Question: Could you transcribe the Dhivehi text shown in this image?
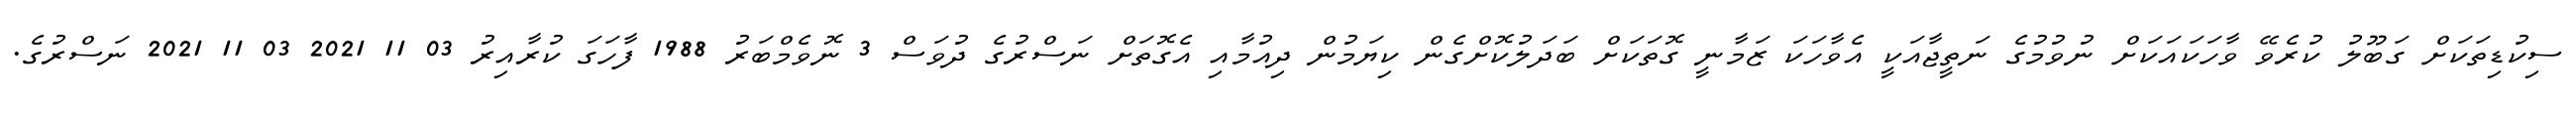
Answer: ސިކުޑިތަކަށް ގަބޫލު ކުރެވޭ ވާހަކައަކަށް ނުވުމުގެ ނަތީޖާއަކީ އެވާހަކަ ޒަމާނީ ގޮތަކަށް ބަދަލުކޮށްގެން ކިޔަމުން ދިއުމާއި އެގޮތަށް ނަސްރުގެ ދުވަސް 3 ނޮވެމްބަރު 1988 ފާހަގަ ކުރާއިރު 03 11 2021 03 11 2021 ނަސްރުގެ.